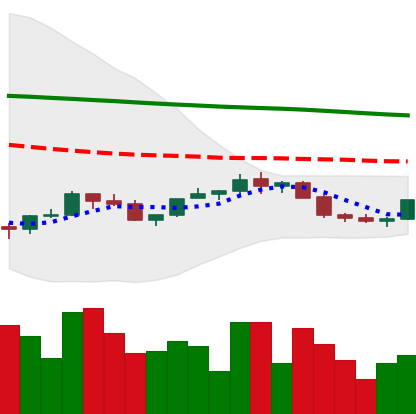
Ticker: LINK-USD
Chart end date: 2022-02-15
Forward return: -15.42%
Label: down_7plus